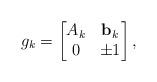
LaTeX: \begin{align*} g_k =\begin{bmatrix}A_k & \mathbf{b}_k \\0 & \pm 1\end{bmatrix},\end{align*}